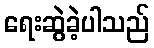
ရေးဆွဲခဲ့ပါသည်